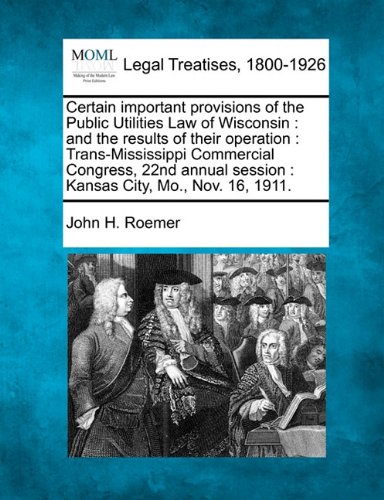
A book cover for Certain important provisions of the Public Utilities Law of Wisconsin: and the results of their operation : Trans-Mississippi Commercial Congress, ... session : Kansas City, Mo., Nov. 16, 1911.; John H. Roemer; Law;